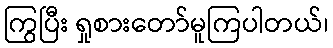
ကြွပြီး ရှုစားတော်မူကြပါတယ်၊